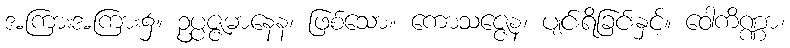
အကြားအကြား၌။ ဥပ္ပဇ္ဇမာနေန၊ ဖြစ်သော။ ကောသဇ္ဇေန၊ ပျင်းရိခြင်းနှင့်။ ဝေါကိဏ္ဏာ၊